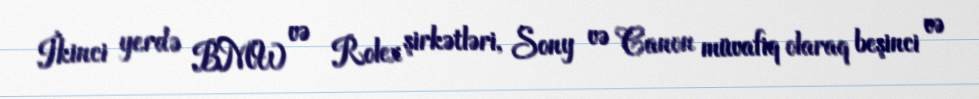
İkinci yerdə BMW və Rolex şirkətləri, Sony və Canon müvafiq olaraq beşinci və